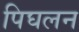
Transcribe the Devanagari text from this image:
पिघलन